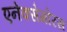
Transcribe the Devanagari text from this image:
एनेक्सेगोरस